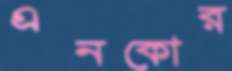
এনকোর